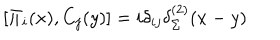
\left[ \Pi _ { i } ( x ) , C _ { j } ( y ) \right] = i \delta _ { i j } \delta _ { \Sigma } ^ { ( 2 ) } ( x - y )